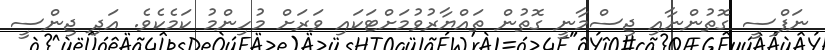
ނަފްސީ ގޮތުންނާއި ޖިސްމާނީ ގޮތުން ތައްޔާރުވުމަށްޓަކައި ވަރަށް މުހިންމު ކަމެކެވެ. އަދި ޖިންސީ